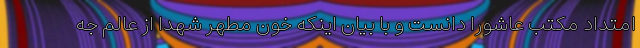
امتداد مکتب عاشورا دانست و با بیان اینکه خون مطهر شهدا از عالم جه